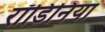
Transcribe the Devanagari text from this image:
रॉडिनिया